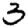
Digit: 3